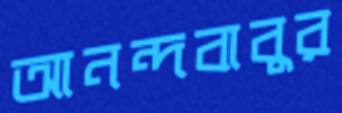
আনন্দবাবুর